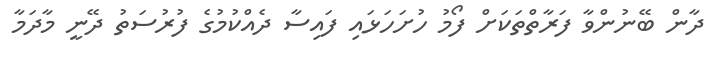
ދާން ބޭނުންވާ ފަރާތްތަކަށް ފޯމު ހުށަހަޅައި ފައިސާ ދެއްކުމުގެ ފުރުސަތު ދޭނީ މާދަމާ